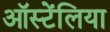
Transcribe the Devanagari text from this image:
ऑस्टेंलिया